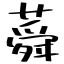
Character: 蕣